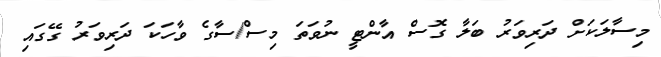
މިސާލަކަށް ދަރިވަރު ބަލާ ގޮސް އާންޓީ ނުވަތަ މިސް/ސާގެ ވާހަކަ ދަރިވަރު ގޭގައި